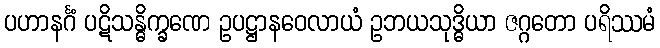
ပဟာနင်္ဂံ ပဋိသန္ဓိက္ခဏေ ဥပဋ္ဌာနဝေလာယံ ဥဘယသုဒ္ဓိယာ ဇဂ္ဂတော ပရိဿမံ